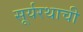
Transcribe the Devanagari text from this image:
सूर्यरथाची